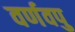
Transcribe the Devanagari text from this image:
वर्णवपु